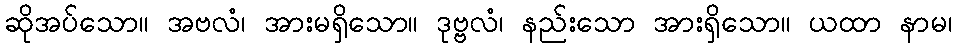
ဆိုအပ်သော။ အဗလံ၊ အားမရှိသော။ ဒုဗ္ဗလံ၊ နည်းသော အားရှိသော။ ယထာ နာမ၊